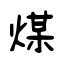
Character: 煤